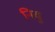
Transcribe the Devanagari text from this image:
नियु